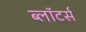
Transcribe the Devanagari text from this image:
ब्लॉटर्स